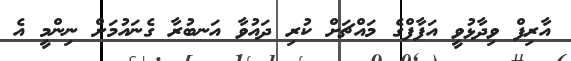
އާރިފް ވިދާޅުވީ އަފާފްގެ މައްޗަށް ކުރި ދައުވާ އަނބުރާ ގެނައުމަށް ނިންމީ އެ